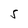
Character: s